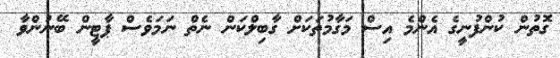
ގޮތުން ކުންފުނީގެ އެންމެ އިސް މަގާމުތަކަށް ގާބިލްކަން ނެތް ނަމަވެސް ޕާޓީން ބޭނުންވާ